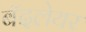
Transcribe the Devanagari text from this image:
बॅदलेयर